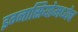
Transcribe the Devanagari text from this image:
इग्नासियोमध्येच